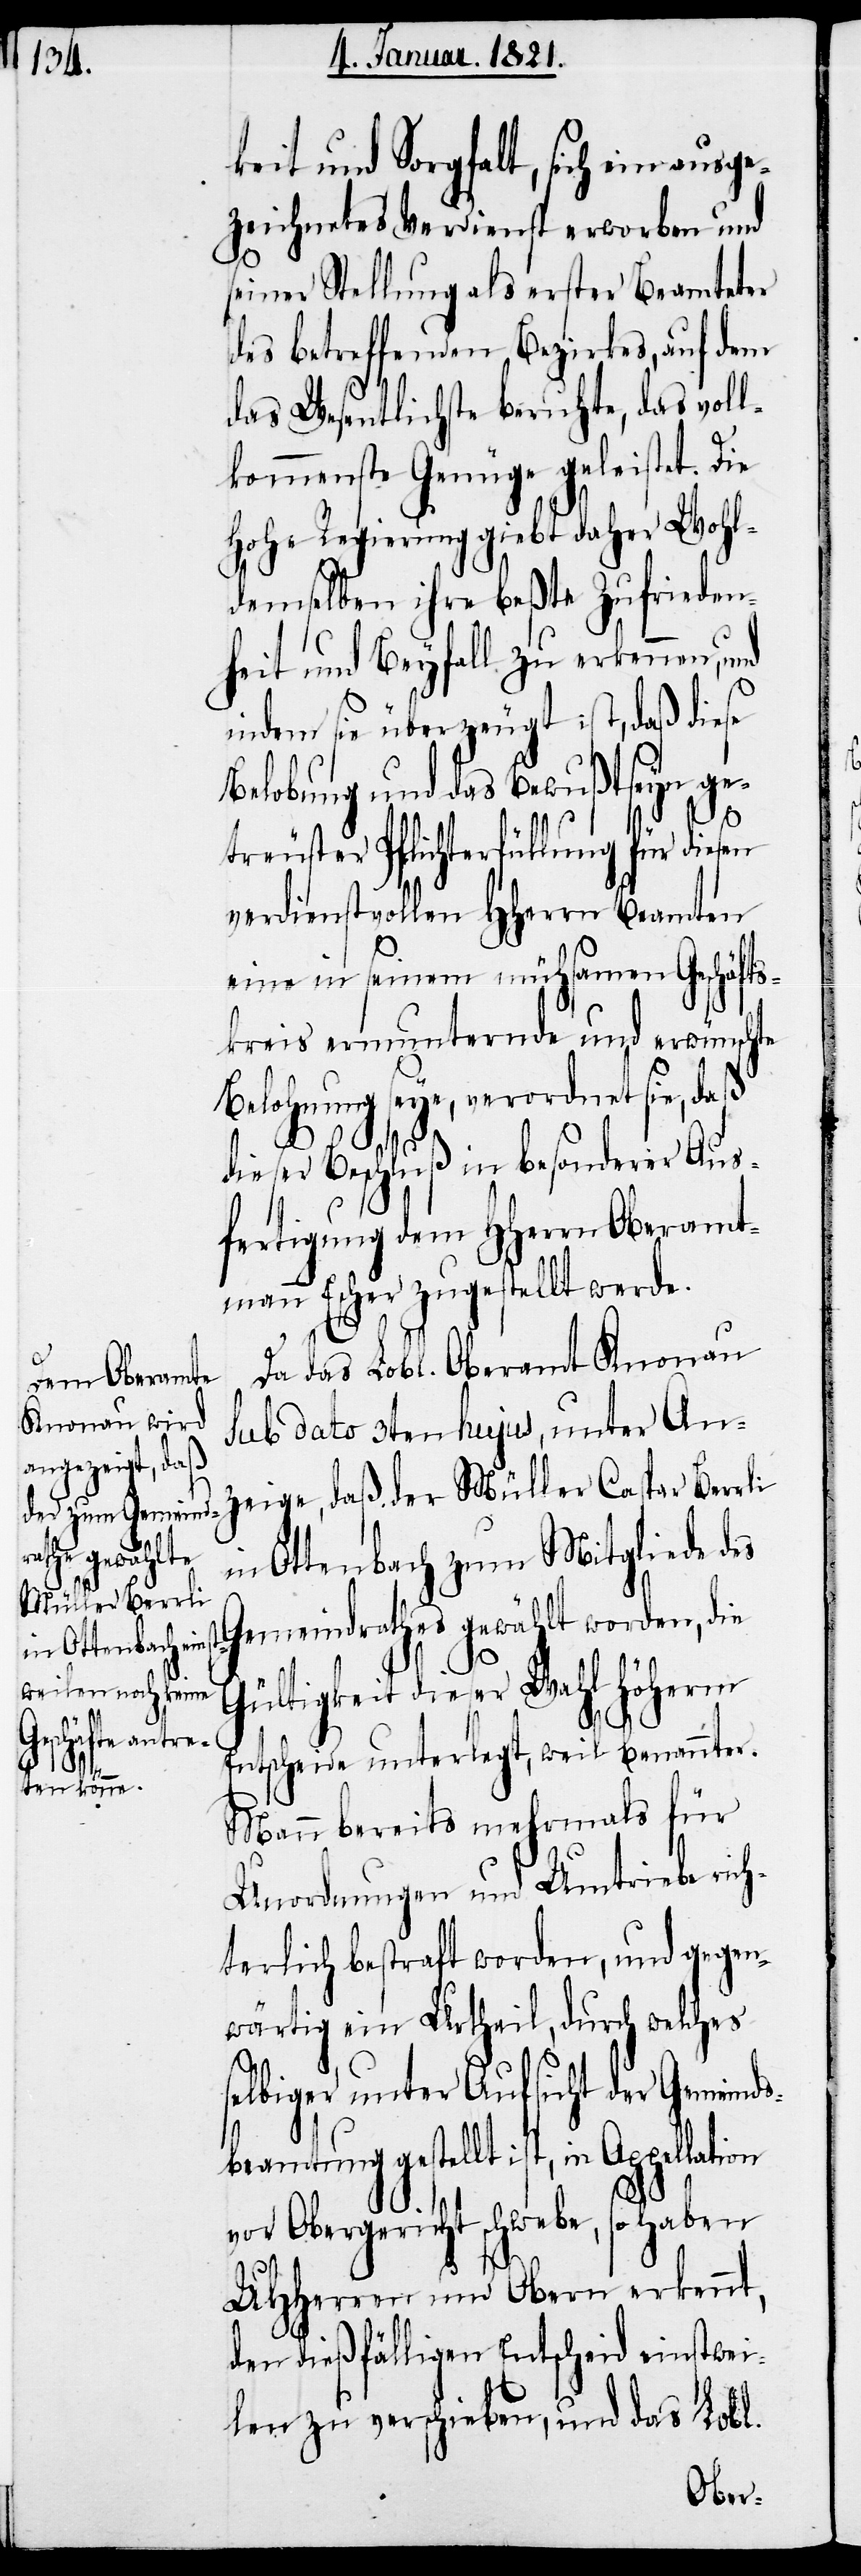
keit und Sorgfalt, sich ein ausge¬
zeichnetes Verdienst erworben und
seiner Stellung als erster Beamteter
des betreffenden Bezirkes, auf dem
das Wesentliche beruhte, das voll¬
kommenste Genüge geleistet. Die
hohe Regierung gibt daher Wohl¬
demselben ihre beßte Zufrieden¬
heit und Beyfall zu erkennen, und
indem sie überzeugt ist, daß diese
Belobung und das Bewußtseyn ge¬
treuster Pflichterfüllung für diesen
verdienstvollen HHerrn Beamten
eine in seinem mühsamen Geschäft¬
skreis ermunternde und erwünschte
Belohnung seye, verordnet sie, daß
dieser Beschluß in besonderer Aus¬
fertigung dem HHerrn Oberamt¬
mann Escher zugestellt werde.
Da das Lobl. Oberamt Knonau
sub dato 3ten hujus, unter An¬
zeige, daß der Müller Caspar Berrli
in Ottenbach zum Mitgliede des
Gemeindrathes gewählt worden, die
Gültigkeit dieser Wahl höherm
Entscheide unterlegt, weil benannter
Mann bereits mehrmals für
Unordnung und Umtriebe rich¬
terlich bestraft worden, und gegen¬
wärtig ein Urtheil, durch welches
selbiger unter Aufsicht der Gemeind¬
sbeamtung gestellt ist, in
vor Obergericht schwebe, so haben
UHHerren und Obern erkennt,
den dießfälligen Entscheid einstwei¬
len zu verschieben, und das Lobl.